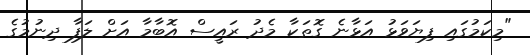
"މިކަމުގައި ފިޔަވަޅު އަޅާނެ ގޮތަކާ މެދު ރައީސް އޮބާމާ އަށް ލަފާ ދިނުމުގެ